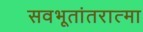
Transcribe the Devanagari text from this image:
सवभूतांतरात्मा